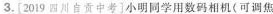
3.[2019四川自贡中考]小明同学用数码相机(可调焦